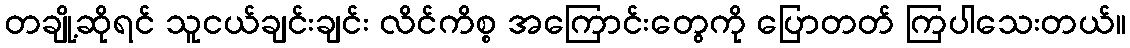
တချို့ဆိုရင် သူငယ်ချင်းချင်း လိင်ကိစ္စ အကြောင်းတွေကို ပြောတတ် ကြပါသေးတယ်။